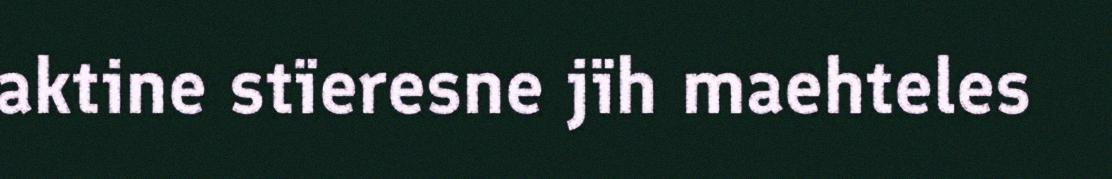
aktine stïeresne jïh maehteles